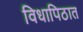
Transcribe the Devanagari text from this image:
विधापिठात